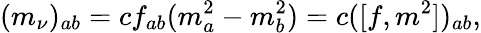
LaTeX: (m_{\nu})_{ab}=cf_{ab}(m_{a}^{2}-m_{b}^{2})=c([f,m^{2}])_{ab},